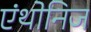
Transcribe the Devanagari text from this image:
एंथोनिज